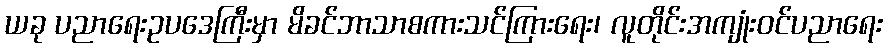
ယခု ပညာရေးဥပဒေကြီးမှာ မိခင်ဘာသာစကားသင်ကြားရေး၊ လူတိုင်းအကျုံးဝင်ပညာရေး